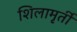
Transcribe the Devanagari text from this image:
शिलामृर्ती